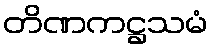
တိဏကဋ္ဌသမံ